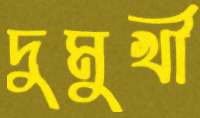
দুমুখী